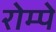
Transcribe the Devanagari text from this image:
रोम्पे